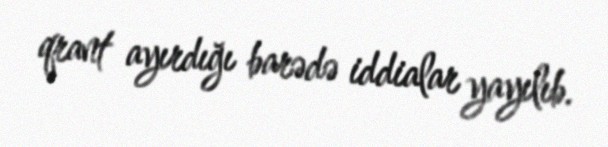
qrant ayırdığı barədə iddialar yayılıb.